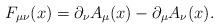
LaTeX: \begin{align*}F_{\mu\nu}(x) = \partial_\nu A_\mu(x) - \partial_\mu A_\nu(x).\end{align*}